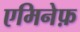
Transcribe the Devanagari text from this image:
एमिनेफ़